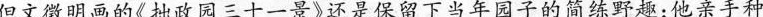
但文微明画的《拙政园三十一景》还是保留下当年园子的简练野趣;他亲手种